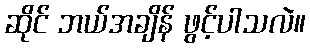
ဆိုင် ဘယ်အချိန် ဖွင့်ပါသလဲ။